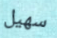
سهيل